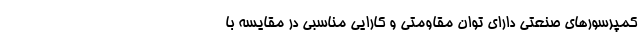
کمپرسورهای صنعتی دارای توان مقاومتی و کارایی مناسبی در مقایسه با